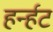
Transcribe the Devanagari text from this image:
हर्न्हट